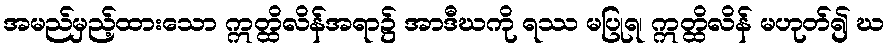
အမည်မှည့်ထားသော ဣတ္ထိလိန်အရာ၌ အာဒီဃကို ရဿ မပြုရ၊ ဣတ္ထိလိန် မဟုတ်၍ ဃ